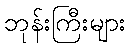
ဘုန်းကြီးများ